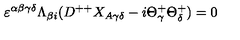
\varepsilon ^ { \alpha \beta \gamma \delta } \Lambda _ { \beta { i } } ( D ^ { + + } X _ { A \gamma \delta } - i \Theta _ { \gamma } ^ { + } \Theta _ { \delta } ^ { + } ) = 0